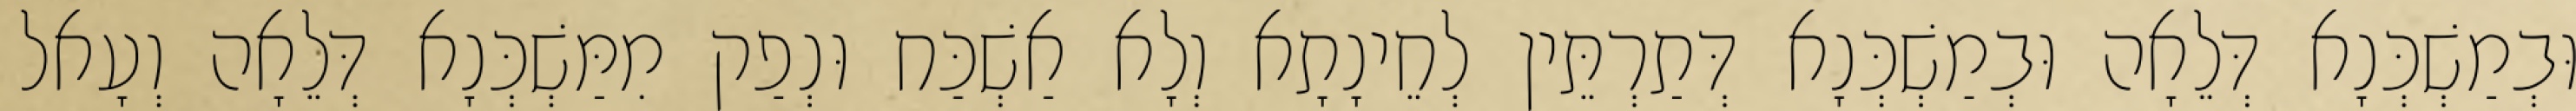
וּבְמַשְׁכְּנָא דְּלֵאָה וּבְמַשְׁכְּנָא דְּתַרְתֵּין לְחֵינָתָא וְלָא אַשְׁכַּח וּנְפַק מִמַּשְׁכְּנָא דְּלֵאָה וְעָאל